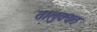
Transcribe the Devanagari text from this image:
तालुक्यत